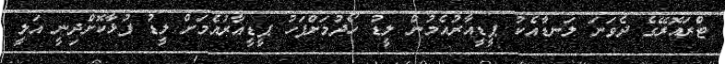
ޓްރައޮރޭގެ ދެވަނަ ލަނޑާއެކު ޕީޑީއާރުއެމުން ލީޑު ހޯދުމަށްފަހު ޕީޑީއާރުއެމަށް ލީޑު ފުޅާކޮށްދިނީ އަލީ